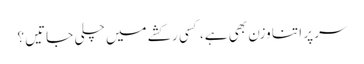
سر پر اتنا وزن بھی ہے، کسی رکشے میں چلی جاتیں ؟